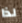
لذا